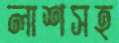
লাশসহ